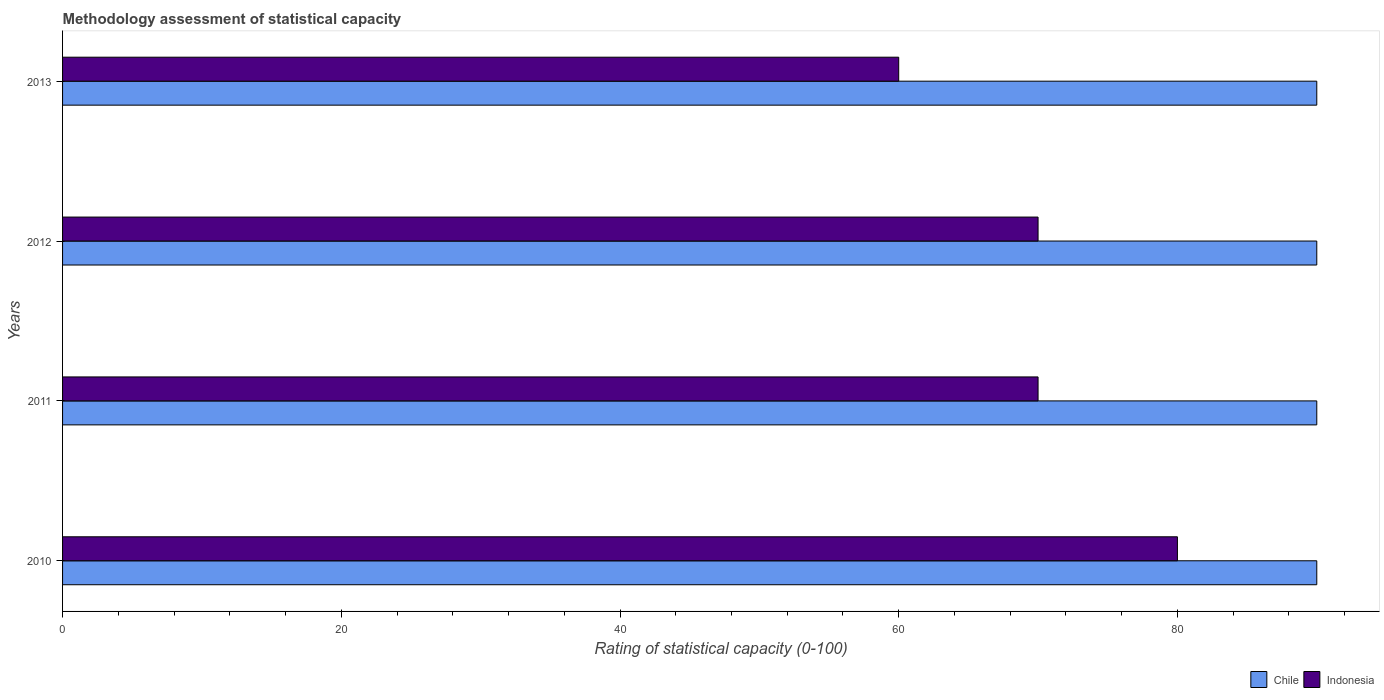
| Years | Chile | Indonesia |
 | --- | --- | --- |
 | 2010 | 90 | 80 |
 | 2011 | 90 | 70 |
 | 2012 | 90 | 70 |
 | 2013 | 90 | 60 |